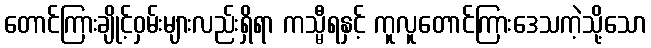
တောင်ကြားချိုင့်ဝှမ်းများလည်းရှိရာ ကသ္မီရနှင့် ကူလူတောင်ကြားဒေသကဲ့သို့သော